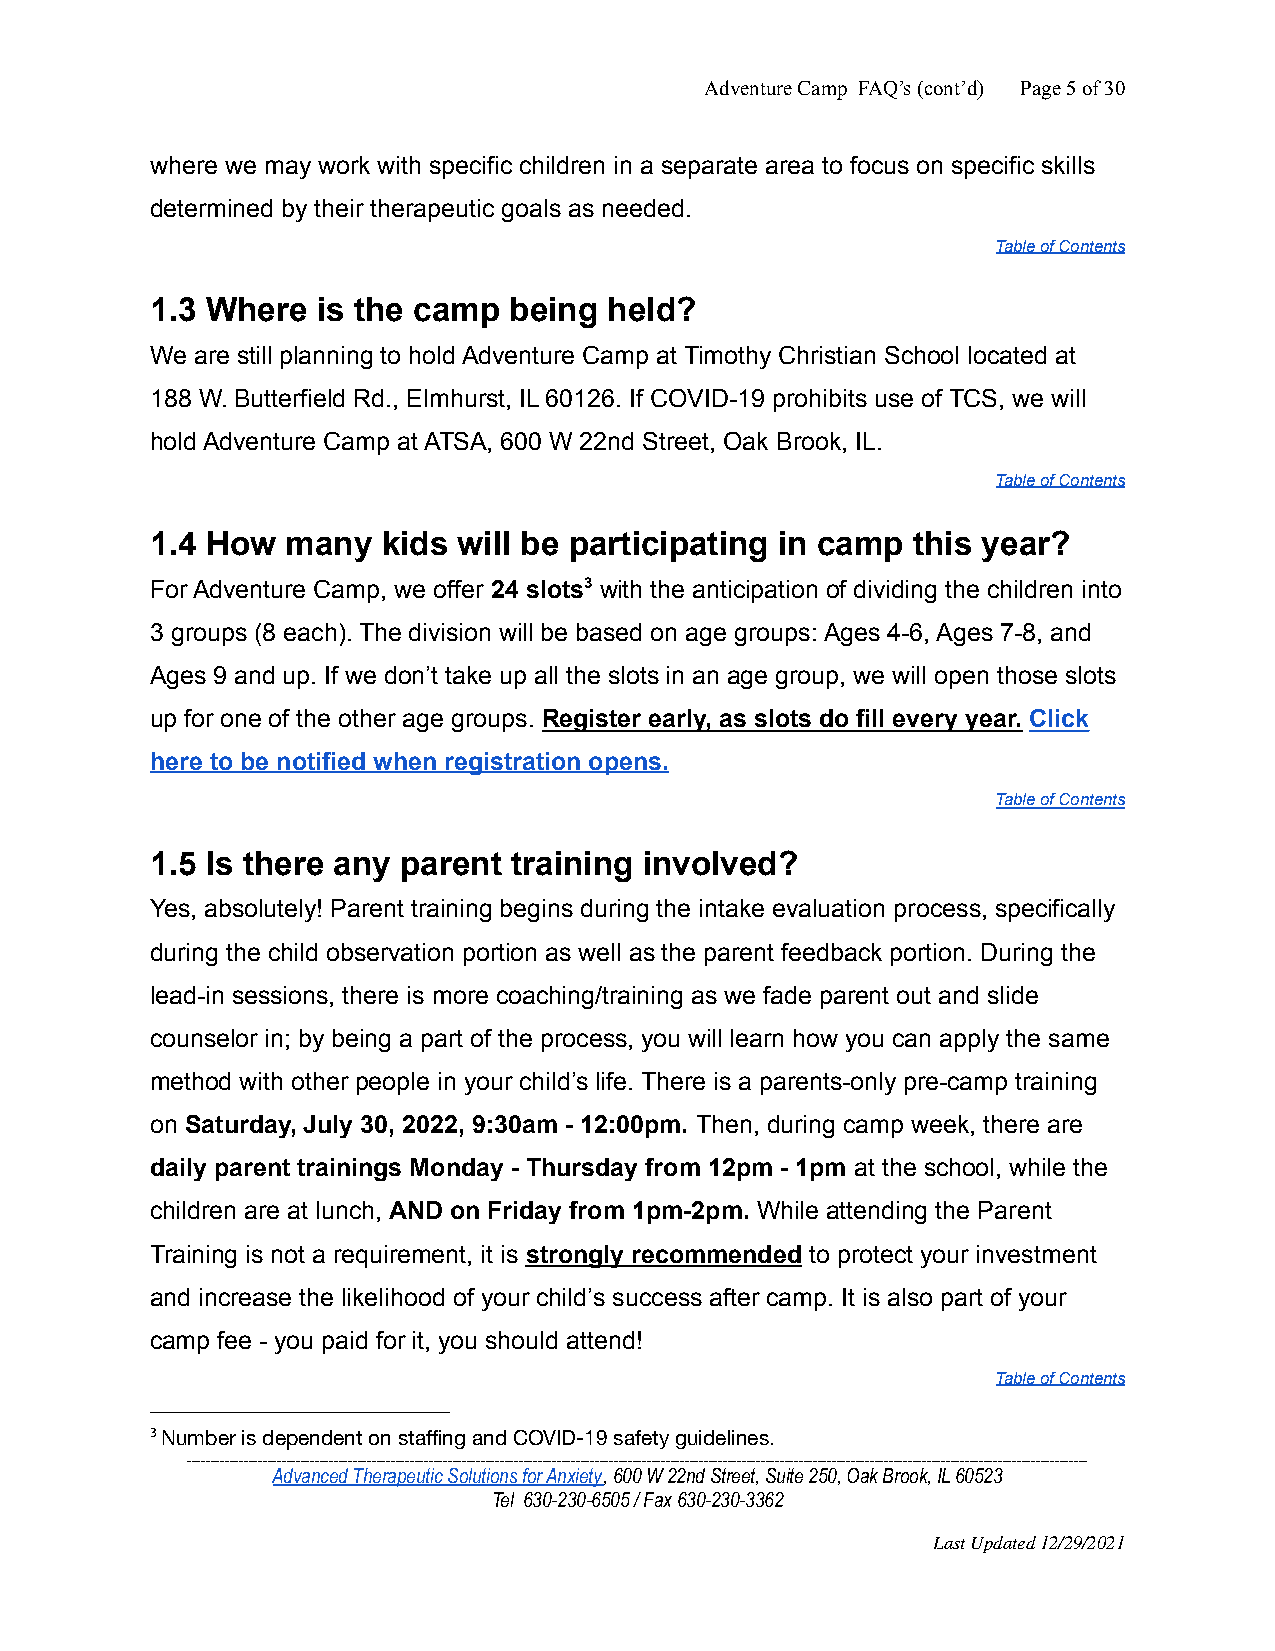
Adventure Camp FAQ’s (cont’d) Page5of30
 where we may work with specific children in a separate area to focus on specific skills
 determined by their therapeutic goals as needed.
 Table of Contents
 1.3 Where  is the camp  being held?
 We are still planning to hold Adventure Camp at Timothy Christian School located at
 188 W. Butterfield Rd., Elmhurst, IL 60126. If COVID-19 prohibits use of TCS, we will
 hold Adventure Camp at ATSA, 600 W 22nd Street, Oak Brook, IL.
 Table of Contents
 1.4 How  many  kids will be participating in camp this year?
 For Adventure Camp, we offer 24 slots3 with the anticipation of dividing the children into
 3 groups (8 each). The division will be based on age groups: Ages 4-6, Ages 7-8, and
 Ages 9 and up. If we don’t take up all the slots in an age group, we will open those slots
 up for one of the other age groups. Register early, as slots do fill every year. Click
 here to be notified when registration opens.
 Table of Contents
 1.5 Is there any parent training involved?
 Yes, absolutely! Parent training begins during the intake evaluation process, specifically
 during the child observation portion as well as the parent feedback portion. During the
 lead-in sessions, there is more coaching/training as we fade parent out and slide
 counselor in; by being a part of the process, you will learn how you can apply the same
 method with other people in your child’s life. There is a parents-only pre-camp training
 on Saturday, July 30, 2022, 9:30am - 12:00pm. Then, during camp week, there are
 daily parent trainings Monday - Thursday from 12pm - 1pm at the school, while the
 children are at lunch, AND on Friday from 1pm-2pm. While attending the Parent
 Training is not a requirement, it is strongly recommended to protect your investment
 and increase the likelihood of your child’s success after camp. It is also part of your
 camp fee - you paid for it, you should attend!
 Table of Contents
 3Number is dependent on staffing and COVID-19 safetyguidelines.
 ______________________________________________________________________________________________________________________________________________________________________________________________
 Advanced Therapeutic Solutions for Anxiety, 600 W22nd Street, Suite 250, Oak Brook, IL 60523
 Tel 630-230-6505 / Fax 630-230-3362
 Last Updated 12/29/2021